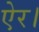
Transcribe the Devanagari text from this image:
ऐर।